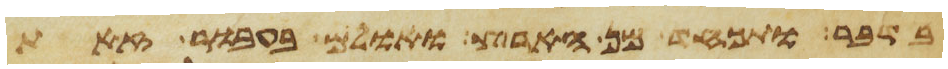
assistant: בדבר ותכחד מן הארץ ואולם בעבור זאת